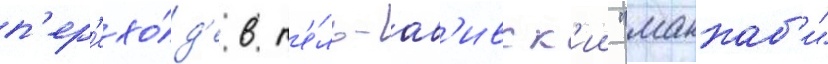
п'ер'ехо́д'е в т'е́ль-ав'ивск'ии "маккаб'и"